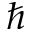
\hbar